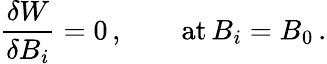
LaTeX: {\frac{\delta W}{\delta B_{i}}}=0\, ,\quad\quad\mathrm{at}\, B_{i}=B_{0}\, .